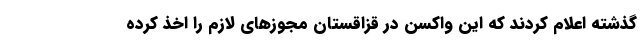
گذشته اعلام کردند که این واکسن در قزاقستان مجوزهای لازم را اخذ کرده